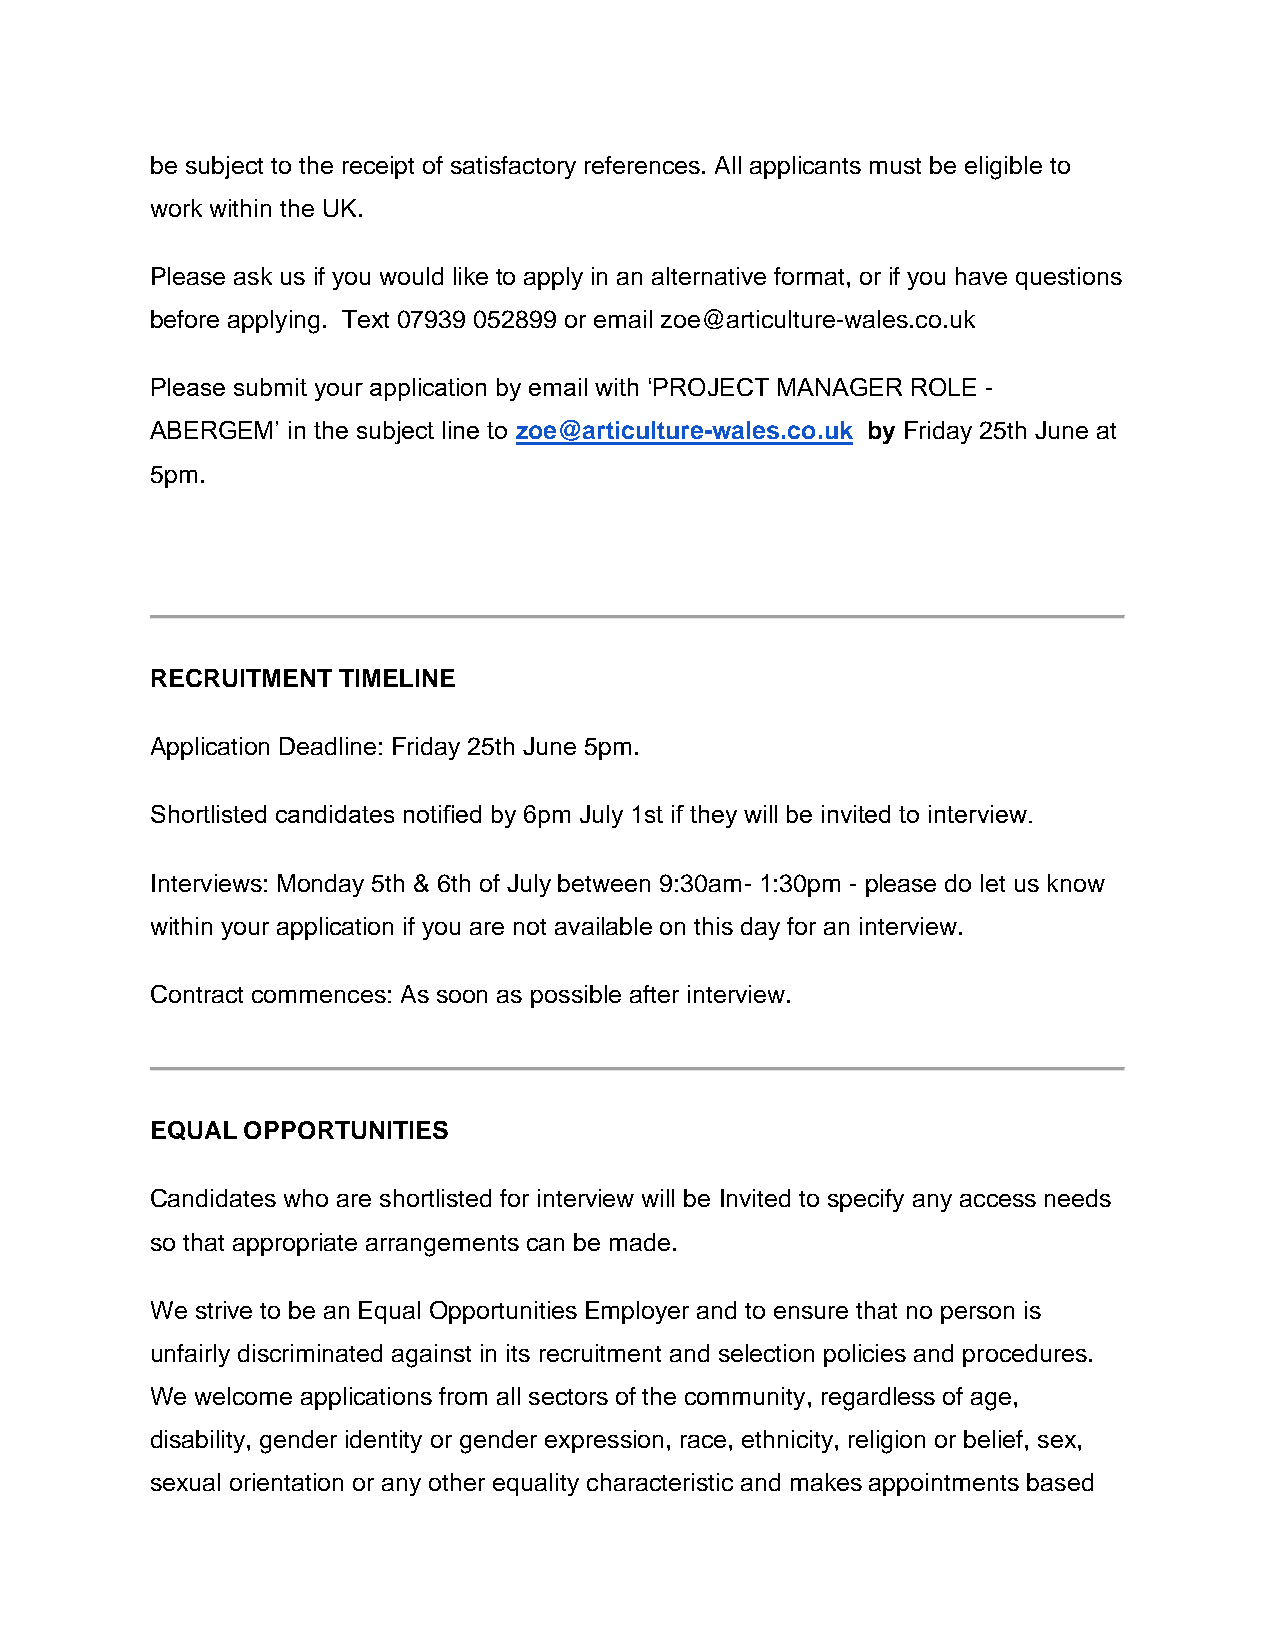
be subject to the receipt of satisfactory references. All applicants must be eligible to
 work within the UK.
 Please ask us if you would like to apply in an alternative format, or if you have questions
 before applying. Text 07939 052899 or email zoe@articulture-wales.co.uk
 Please submit your application by email with ‘PROJECT MANAGER ROLE -
 ABERGEM’ in the subject line to zoe@articulture-wales.co.uk by Friday 25th June at
 5pm.
 RECRUITMENT TIMELINE
 Application Deadline: Friday 25th June 5pm.
 Shortlisted candidates notified by 6pm July 1st if they will be invited to interview.
 Interviews: Monday 5th & 6th of July between 9:30am- 1:30pm - please do let us know
 within your application if you are not available on this day for an interview.
 Contract commences: As soon as possible after interview.
 EQUAL OPPORTUNITIES
 Candidates who are shortlisted for interview will be Invited to specify any access needs
 so that appropriate arrangements can be made.
 We strive to be an Equal Opportunities Employer and to ensure that no person is
 unfairly discriminated against in its recruitment and selection policies and procedures.
 We welcome applications from all sectors of the community, regardless of age,
 disability, gender identity or gender expression, race, ethnicity, religion or belief, sex,
 sexual orientation or any other equality characteristic and makes appointments based